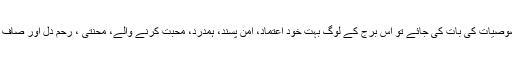
اگر مثبت خصوصیات کی بات کی جائے تو اس برج کے لوگ بہت خود اعتماد، امن پسند، ہمدرد، محبت کرنے والے، محنتی ، رحم دل اور صاف گو ہوتے ہیں۔